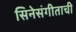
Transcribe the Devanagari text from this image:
सिनेसंगीताची